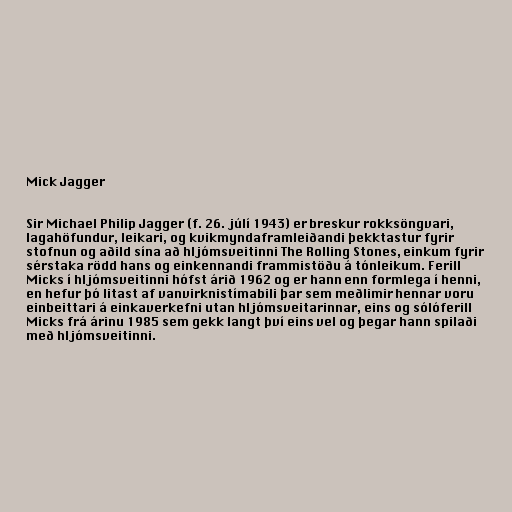
Mick Jagger

Sir Michael Philip Jagger (f. 26. júlí 1943) er breskur rokksöngvari,
lagahöfundur, leikari, og kvikmyndaframleiðandi þekktastur fyrir
stofnun og aðild sína að hljómsveitinni The Rolling Stones, einkum fyrir
sérstaka rödd hans og einkennandi frammistöðu á tónleikum. Ferill
Micks í hljómsveitinni hófst árið 1962 og er hann enn formlega í henni,
en hefur þó litast af vanvirknistímabili þar sem meðlimir hennar voru
einbeittari á einkaverkefni utan hljómsveitarinnar, eins og sólóferill
Micks frá árinu 1985 sem gekk langt því eins vel og þegar hann spilaði
með hljómsveitinni.